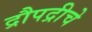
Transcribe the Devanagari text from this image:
द्रौपद्रीचे